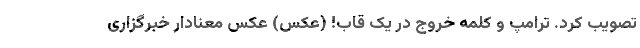
تصویب کرد. ترامپ و کلمه خروج در یک قاب! (عکس) عکس معنادار خبرگزاری